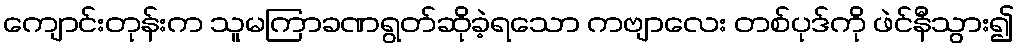
ကျောင်းတုန်းက သူမကြာခဏရွတ်ဆိုခဲ့ရသော ကဗျာလေး တစ်ပုဒ်ကို ဖဲင်နီသွား၍